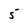
Character: 5